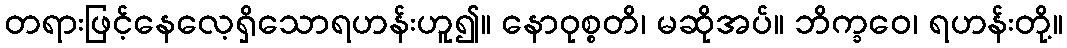
တရားဖြင့်နေလေ့ရှိသောရဟန်းဟူ၍။ နောဝုစ္စတိ၊ မဆိုအပ်။ ဘိက္ခဝေ၊ ရဟန်းတို့။